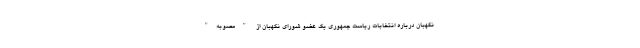
نگهبان درباره انتخابات ریاست جمهوری یک عضو شورای نگهبان از "مصوبه"